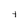
Character: 4